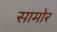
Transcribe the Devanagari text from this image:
सामोर